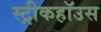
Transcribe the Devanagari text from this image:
स्ट्रीकहॉउस